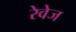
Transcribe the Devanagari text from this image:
रेवेज